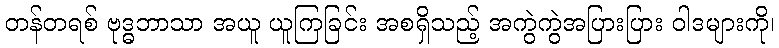
တန်တရစ် ဗုဒ္ဓဘာသာ အယူ ယူကြခြင်း အစရှိသည့် အကွဲကွဲအပြားပြား ဝါဒများကို၊